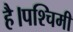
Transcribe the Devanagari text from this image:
है।पश्चिमी